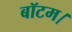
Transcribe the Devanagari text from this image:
बॉटम।